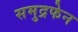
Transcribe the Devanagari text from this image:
समुद्रफेन